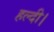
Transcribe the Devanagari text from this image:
हल्दी।